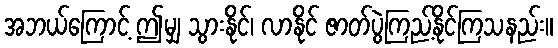
အဘယ်ကြောင့် ဤမျှ သွားနိုင်၊ လာနိုင် ဇာတ်ပွဲကြည့်နိုင်ကြသနည်း။